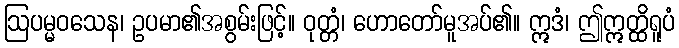
ဩပမ္မဝသေန၊ ဥပမာ၏အစွမ်းဖြင့်။ ဝုတ္တံ၊ ဟောတော်မူအပ်၏။ ဣဒံ၊ ဤဣတ္ထိရူပံ